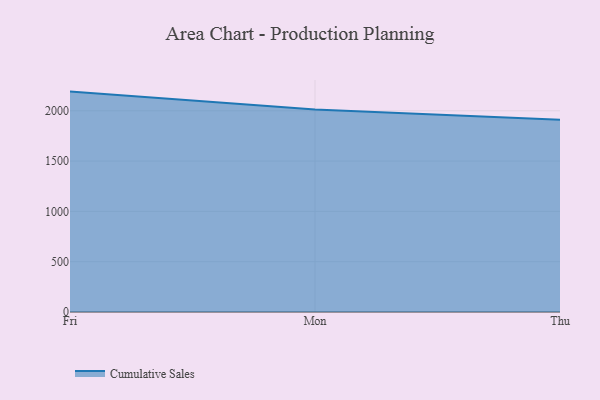
{"axis": {"x": "Day", "y": "Gross Profit (USD K)"}, "legend": ["Cumulative Sales"], "data": [{"x": "Fri", "y": 2190.6, "type": "Cumulative Sales"}, {"x": "Mon", "y": 2013.4, "type": "Cumulative Sales"}, {"x": "Thu", "y": 1911.3, "type": "Cumulative Sales"}]}